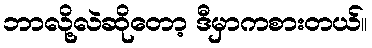
ဘာလို့လဲဆိုတော့ ဒီမှာကစားတယ်။